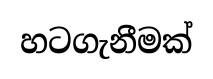
හටගැනීමක්